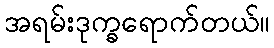
အရမ်းဒုက္ခရောက်တယ်။